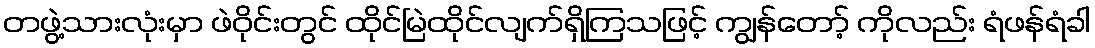
တဖွဲ့သားလုံးမှာ ဖဲဝိုင်းတွင် ထိုင်မြဲထိုင်လျက်ရှိကြသဖြင့် ကျွန်တော့် ကိုလည်း ရံဖန်ရံခါ